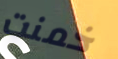
خمنت